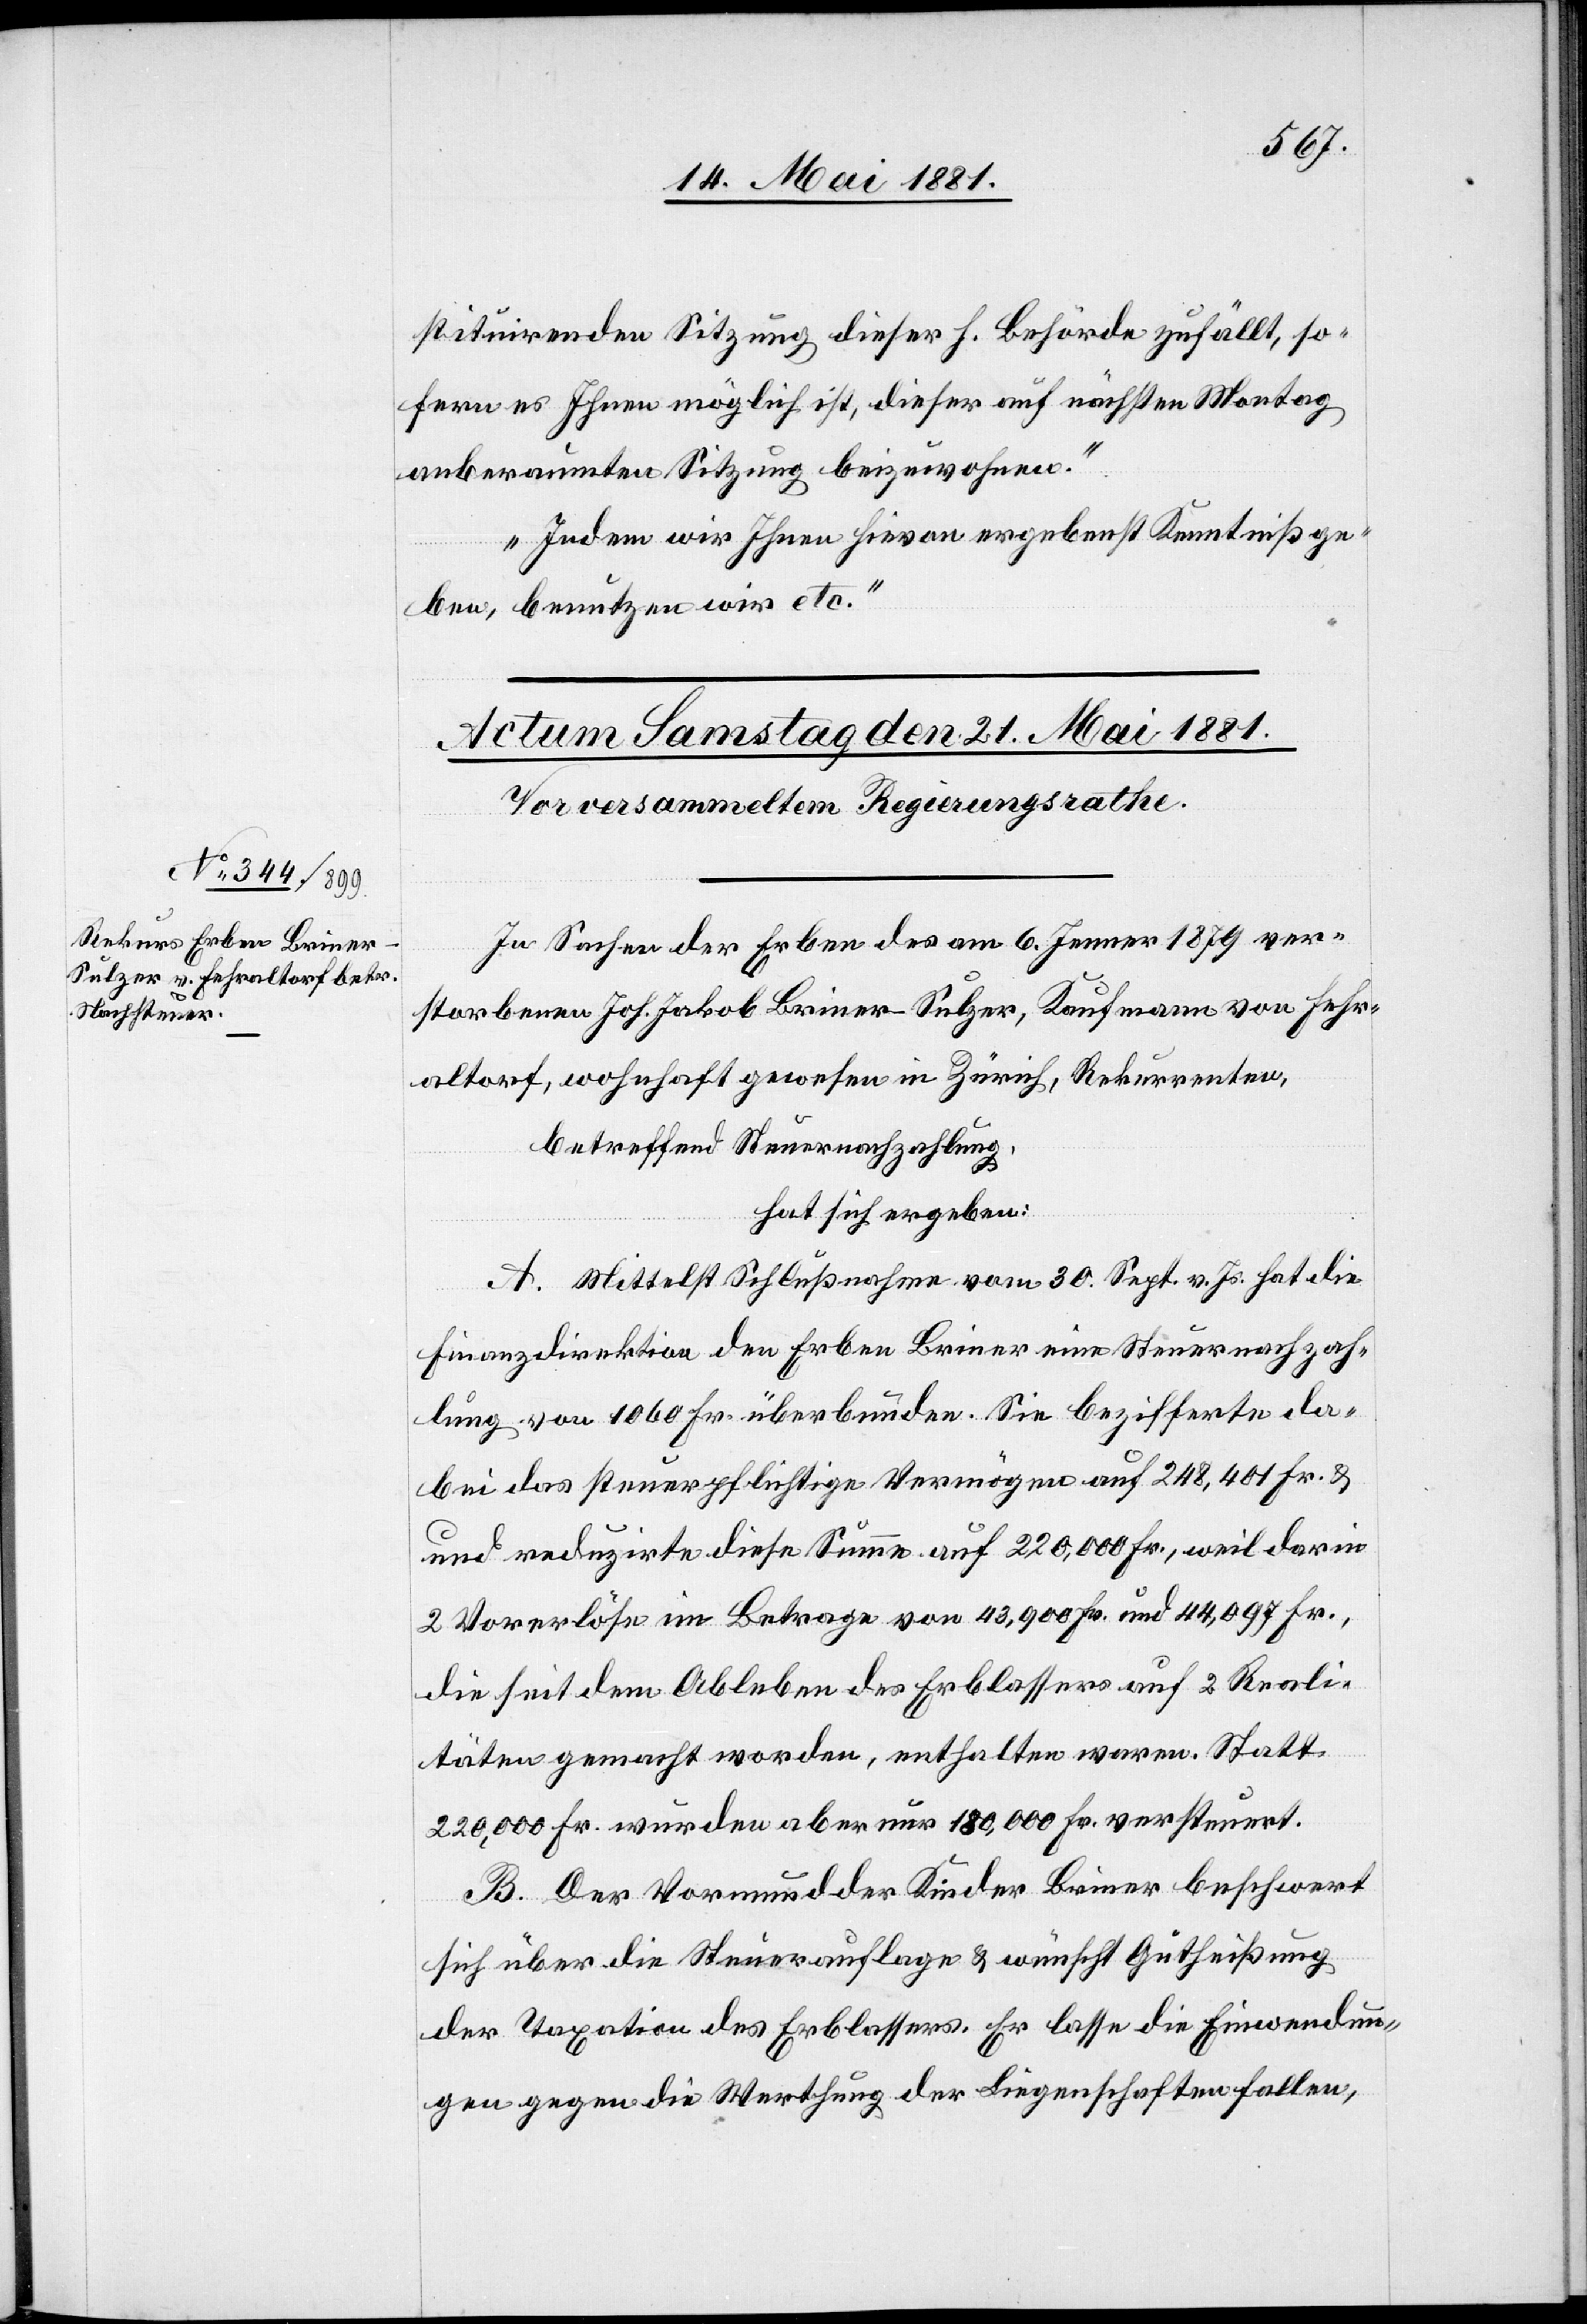
in
In Sachen der Erben des am 6. Jenner 1879 ver¬
storbenen Joh. Jakob Briner-Sulzer, Kaufmann von Fehr¬
altorf, wohnhaft gewesen in Zürich, Rekurrenten,
betreffend Steuernachzahlung,
hat sich ergeben:
A. Mittelst Schlußnahme vom 30. Sept. v. Js. hat die
Finanzdirektion den Erben Briner eine Steuernachzah¬
lung von 1060 Fr. überbunden. sie bezifferte da¬
bei das steuerpflichtige Vermögen auf 220,000 Fr.,
2 Vorerlöse im Betrage von 43,900 Fr. und 44,097 Fr.
die seit dem Ableben des Erblassers auf 2 Reali¬
täten gemacht worden, enthalten waren. Statt
220,000 Fr. wurden aber nur 180,000 Fr. versteuert.
B. Der Vormund der Kinder Briner beschwert
sich über die Steuerauflage & wünscht Gutheißung
der Taxation des Erblassers. Er lasse die Einwendun¬
gen gegen die Werthung der Liegenschaften fallen,